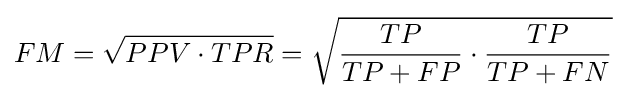
FM={\sqrt {PPV\cdot TPR}}={\sqrt {{\frac {TP}{TP+FP}}\cdot {\frac {TP}{TP+FN}}}}